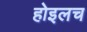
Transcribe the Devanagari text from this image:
होइलच